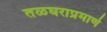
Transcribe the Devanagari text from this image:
तळघराप्रमाणे